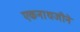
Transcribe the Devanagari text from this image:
एकनाथजीने